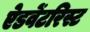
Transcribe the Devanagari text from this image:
ऐडवेंटरिस्ट